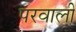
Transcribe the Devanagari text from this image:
परवाली